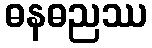
ဓနဓညဿ